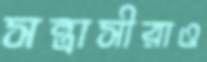
সন্ত্রাসীরাও